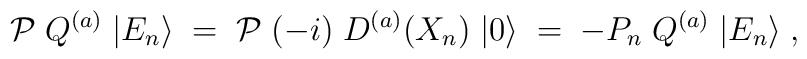
{\cal P} \; Q^{(a)} \; | E_n \rangle \; = \;{\cal P} \; (-i) \; D^{(a)} (X_n) \; | 0 \rangle  \; = \;- P_n \; Q^{(a)} \; | E_n \rangle \; ,